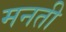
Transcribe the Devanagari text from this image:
मनती